Report of the Municipal Commissioner on the plague in Bombay for the year ending 31st May... - Volume 1
Disease focus: Plague
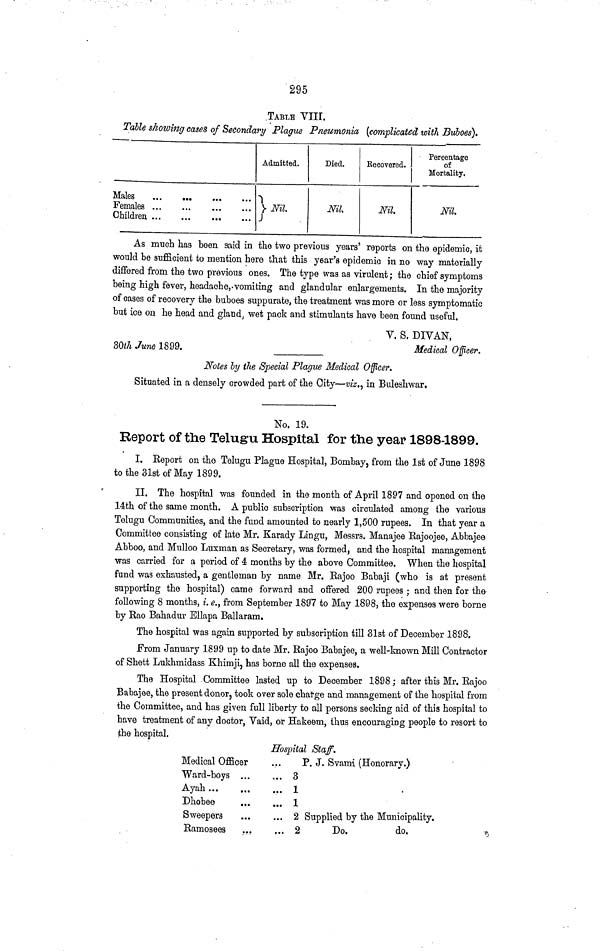
295
TABLE VIII.
Table showing cases of Secondary Plague Pneumonia (complicated with Buboes).
Females
Children
Admitted.
Nil.
Died.
Nil.
Eecovored.
Nil.
Percentage
of
Mortality.
Nil.
As much has been said in the two previous years' reports on the epidemic, it
would be sufficient to mention here that this year's epidemic in no way materially
differed from the two previous ones. The type was as virulent ; the chief symptoms
being high fever, headache, vomiting and glandular enlargements. In the majority
of cases of recovery the buboes suppurate, the treatment was more or less symptomatic
but ice on he head and gland, wet pack and stimulants have been found useful.
V. S. DIVAN,
30th June 1899.
Medical Officer.
Notes by the Special Plague Medical Officer.
Situated in a densely crowded part of the City—viz., in Buleshwar.
No. 19.
Report of the Telugu Hospital for the year 1898-1899.
I. Eeport on the Telugu Plague Hospital, Bombay, from the 1st of June 1898
to the 31st of May 1899.
II. The hospital was founded in the month of April 1897 and opened on the
14th of the same month. A public subscription was circulated among the various
Telugu Communities, and the fund amounted to nearly 1,500 rupees. In that year a
Committee consisting of late Mr. Karady Lingu, Messrs. Manajee Rajoojee, Abbajee
Abboo, and Mulloo Luxman as Secretary, was formed, and the hospital management
was carried for a period of 4 months by the above Committee. When the hospital
fund was exhausted, a gentleman by name Mr. Eajoo Babaji (who is at present
supporting the hospital) came forward and offered 200 rupees ; and then for the
following 8 months, i. e., from September 1897 to May 1898, the expenses were borne
by Rao Bahadur Ellapa Ballaram.
The hospital was again supported by subscription till 31st of December 1898.
From January 1899 up to date Mr. Rajoo Babajee, a well-known Mill Contractor
of Shett Lukhmidass Khimji, has borne all the expenses.
The Hospital Committee lasted up to December 1898 ; after this Mr. Rajoo
Babajee, the present donor, took over sole charge and management of the hospital fro
the Committee, and has given full liberty to all persons seeking aid of this hospital
have treatment of any doctor, Vaid, or Hakeem, thus encouraging people to resort
the hospital.
Hospital Staff.
Medical Officer
Ward-boys ...
Ayah
Dhobee
Sweepers
Eamosees
P. J. Svami (Honorary.)
... 3
... 1
... 1
... 2 Supplied by the Municipality.
... 2
Do.
do.